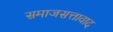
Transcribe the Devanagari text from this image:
समाजसत्तावाद